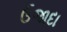
ઉજાદા